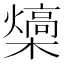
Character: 𪴍